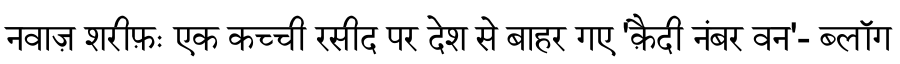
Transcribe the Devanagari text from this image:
नवाज़ शरीफ़ः एक कच्ची रसीद पर देश से बाहर गए 'क़ैदी नंबर वन'- ब्लॉग